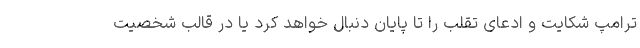
ترامپ شکایت و ادعای تقلب را تا پایان دنبال خواهد کرد یا در قالب شخصیت